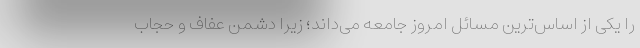
را یکی از اساس‌ترین مسائل امروز جامعه می‌داند؛ زیرا دشمن عفاف و حجاب